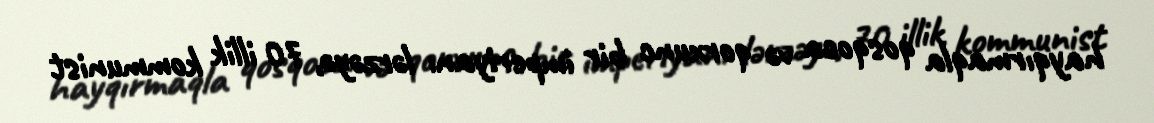
hayqırmaqla qosqoca və qorxunc bir imperiyanı lərzəyə, 70 illik kommunist